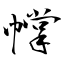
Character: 幥